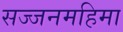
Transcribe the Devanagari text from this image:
सज्जनमहिमा